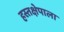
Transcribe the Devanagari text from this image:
हस्तक्षेपाला